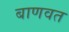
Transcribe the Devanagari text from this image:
बाणवत